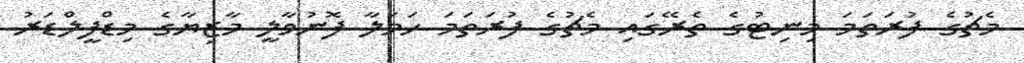
މެޗުގެ ފުރަތަމަ މިނިޓުގެ ތެރޭގައި މެޗުގެ ފުރަތަމަ ހަމަލާ ފޮނުވާލީ މާޒިޔާގެ މިޑްފީލްޑަރު